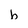
Character: h